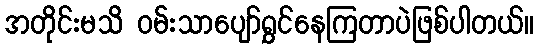
အတိုင်းမသိ ဝမ်းသာပျော်ရွှင်နေကြတာပဲဖြစ်ပါတယ်။